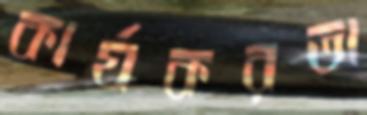
কার্যকরতা